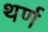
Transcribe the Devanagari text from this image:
थर्ण